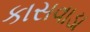
કાસવાડા